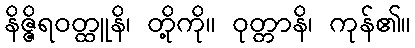
နိဇ္ဇိရဝတ္ထူနိ၊ တို့ကို။ ဝုတ္တာနိ၊ ကုန်၏။